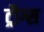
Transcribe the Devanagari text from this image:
ट्रौग्स